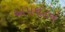
અપઘટન